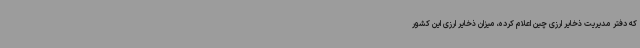
که دفتر مدیریت ذخایر ارزی چین اعلام کرده، میزان ذخایر ارزی این کشور